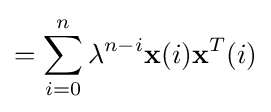
=\sum _{i=0}^{n}\lambda ^{n-i}\mathbf {x} (i)\mathbf {x} ^{T}(i)